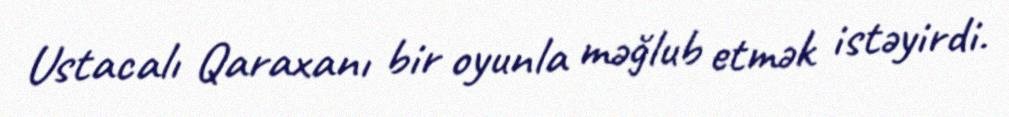
Ustacalı Qaraxanı bir oyunla məğlub etmək istəyirdi.